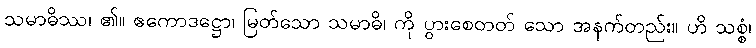
သမာဓိဿ၊ ၏။ ဧကောဒဋ္ဌော၊ မြတ်သော သမာဓိ၊ ကို ပွားစေတတ် သော အနက်တည်း။ ဟိ သစ္စံ၊